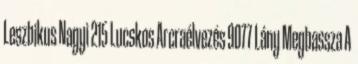
Leszbikus Nagyi 215 Lucskos Arcraélvezés 9077 Lány Megbassza A